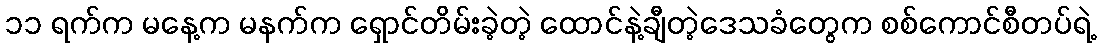
၁၁ ရက်က မနေ့က မနက်က ရှောင်တိမ်းခဲ့တဲ့ ထောင်နဲ့ချီတဲ့ဒေသခံတွေက စစ်ကောင်စီတပ်ရဲ့